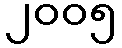
၂၀၀၅